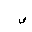
Letter: _sad